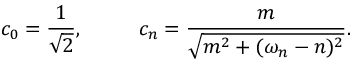
c _ { 0 } = { \frac { 1 } { \sqrt { 2 } } } , ~ ~ ~ ~ ~ ~ ~ ~ c _ { n } = { \frac { m } { \sqrt { m ^ { 2 } + ( \omega _ { n } - n ) ^ { 2 } } } } .